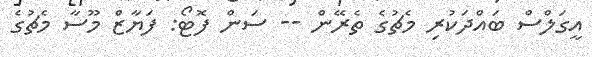
އީގަލްސް ބައްދަކުރި މެޗުގެ ތެރޭން -- ސަން ފޮޓޯ: ފަޔާޒް މޫސާ މެޗުގެ